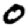
Digit: 0